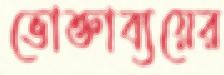
ভোক্তাব্যয়ের